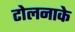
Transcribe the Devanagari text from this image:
टोलनाके